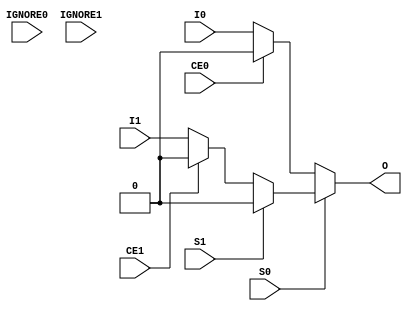
module BUFGCTRL_VPR
(
output O,
input I0, input I1,
input S0, input S1,
input CE0, input CE1,
input IGNORE0, input IGNORE1
);
  parameter [0:0] INIT_OUT = 1'b0;
  parameter [0:0] ZPRESELECT_I0 = 1'b0;
  parameter [0:0] ZPRESELECT_I1 = 1'b0;
  parameter [0:0] ZINV_CE0 = 1'b0;
  parameter [0:0] ZINV_CE1 = 1'b0;
  parameter [0:0] ZINV_S0 = 1'b0;
  parameter [0:0] ZINV_S1 = 1'b0;
  parameter [0:0] IS_IGNORE0_INVERTED = 1'b0;
  parameter [0:0] IS_IGNORE1_INVERTED = 1'b0;
  wire I0_internal = ((CE0 ^ !ZINV_CE0) ? I0 : INIT_OUT);
  wire I1_internal = ((CE1 ^ !ZINV_CE1) ? I1 : INIT_OUT);
  wire S0_true = (S0 ^ !ZINV_S0);
  wire S1_true = (S1 ^ !ZINV_S1);
  assign O = S0_true ? I0_internal : (S1_true ? I1_internal : INIT_OUT);
endmodule